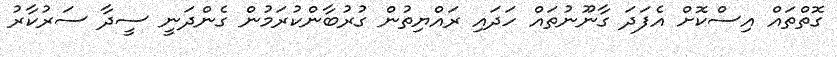
ގޮތްތައް އިސްކޮށް އެފަދަ ގާނޫނުތައް ހަދައި ރައްޔިތުން ގުރުބާންކުރަމުން ގެންދަނީ ސީދާ ސަރުކާރު